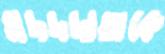
মদদদাতাকে